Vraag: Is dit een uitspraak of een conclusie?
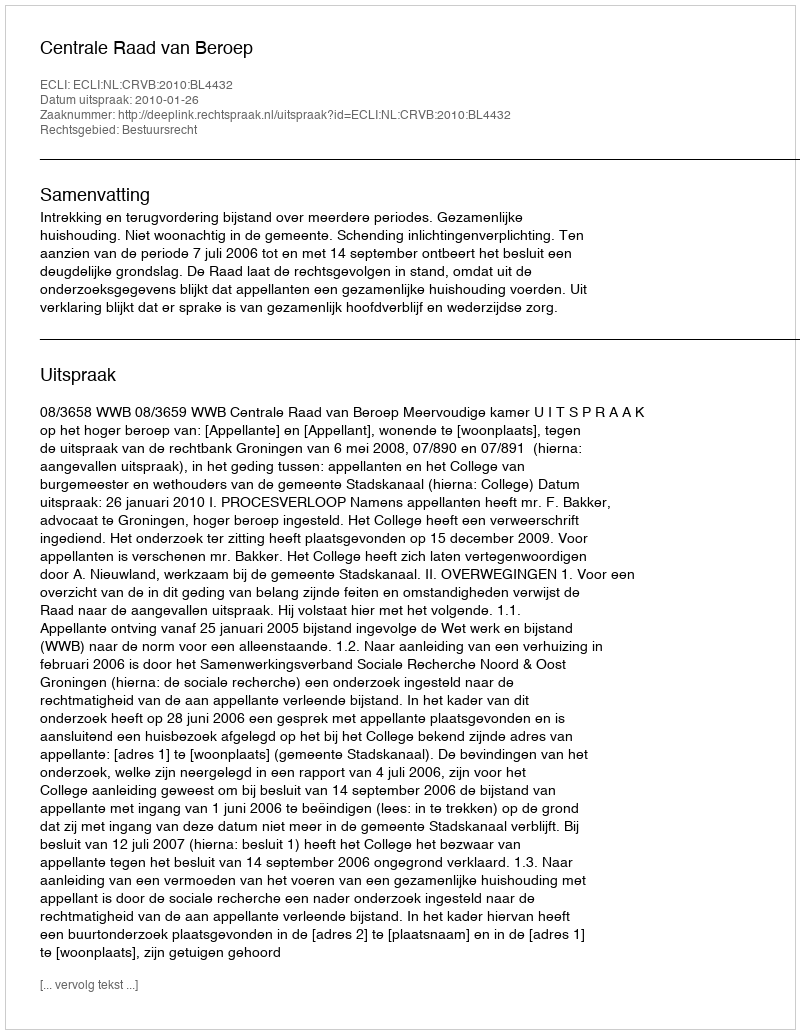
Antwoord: Uitspraak